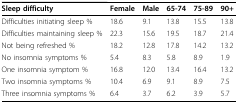
<table><thead><tr><td><b>Sleep difficulty</b></td><td><b>Female</b></td><td><b>Male</b></td><td><b>65-74</b></td><td><b>75-89</b></td><td><b>90+</b></td></tr></thead><tbody><tr><td>Difficulties initiating sleep %</td><td>18.6</td><td>9.1</td><td>13.8</td><td>15.5</td><td>13.8</td></tr><tr><td>Difficulties maintaining sleep %</td><td>22.3</td><td>15.6</td><td>19.5</td><td>18.7</td><td>21.4</td></tr><tr><td>Not being refreshed %</td><td>18.2</td><td>12.8</td><td>17.8</td><td>14.2</td><td>13.2</td></tr><tr><td>No insomnia symptoms %</td><td>5.4</td><td>8.3</td><td>5.8</td><td>8.9</td><td>1.9</td></tr><tr><td>One insomnia symptom %</td><td>16.8</td><td>12.0</td><td>13.4</td><td>16.4</td><td>13.2</td></tr><tr><td>Two insomnia symptoms %</td><td>10.4</td><td>6.9</td><td>9.1</td><td>8.9</td><td>7.5</td></tr><tr><td>Three insomnia symptoms %</td><td>6.4</td><td>3.7</td><td>6.2</td><td>3.9</td><td>5.7</td></tr></tbody></table>